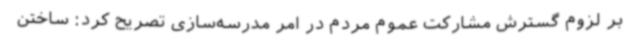
بر لزوم گسترش مشارکت عموم مردم در امر مدرسه‌سازی تصریح کرد: ساختن